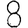
Digit: 8